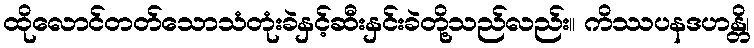
ထိုလောင်တတ်သောသံတုံးခဲနှင့်ဆီးနှင်းခဲတို့သည်လည်း။ ကိဿပနဒဟန္တိ၊